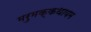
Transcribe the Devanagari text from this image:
मरुमक्कथायम